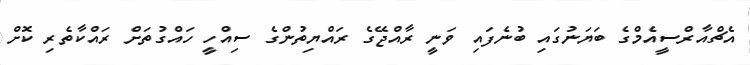
އެޗްއާރްސީއެމްގެ ބަޔަނުގައި ބުނެފައި ވަނީ ރާއްޖޭގެ ރައްޔިތުންގެ ސިިއްހީ ހައްގުތަށް ރައްކާތެރި ކޮށް